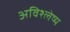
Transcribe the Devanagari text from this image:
अविश्लेष्य